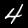
Digit: 4